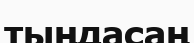
тыңдасаң